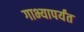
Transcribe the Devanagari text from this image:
गाभ्यापर्यंत